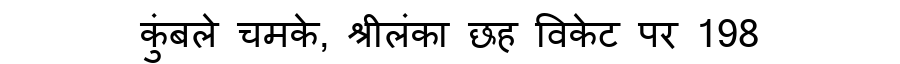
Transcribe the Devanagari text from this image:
कुंबले चमके, श्रीलंका छह विकेट पर 198